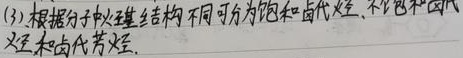
(3)根据分子中碳链结构不同可分为饱和卤代烃、不饱和卤代烃和卤代芳烃.